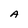
Character: A